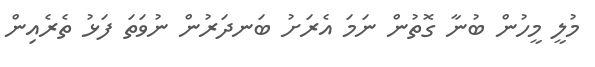
މުލީ މީހުން ބުނާ ގޮތުން ނަމަ އެރަށު ބަނދަރުން ނުވަތަ ފަޅު ތެރެއިން